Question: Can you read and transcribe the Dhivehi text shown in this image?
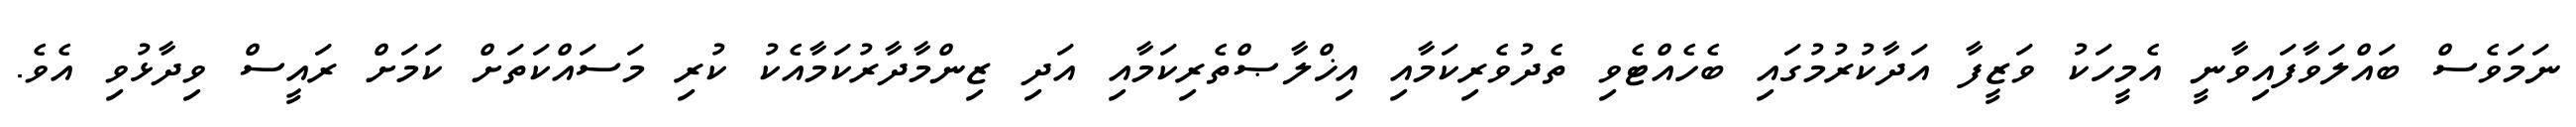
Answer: ނަމަވެސް ބައްލަވާފައިވާނީ އެމީހަކު ވަޒީފާ އަދާކުރުމުގައި ބެހެއްޓެވި ތެދުވެރިކަމާއި އިޚްލާޞްތެރިކަމާއި އަދި ޒިންމާދާރުކަމާއެކު ކުރި މަސައްކަތަށް ކަމަށް ރައީސް ވިދާޅުވި އެވެ.